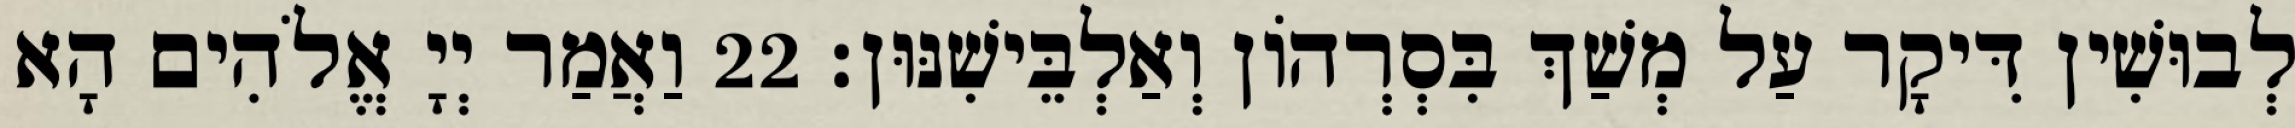
לְבוּשִׁין דִּיקָר עַל מְשַׁךְ בִּסְרְהוֹן וְאַלְבֵּישִׁנּוּן׃ 22 וַאֲמַר יְיָ אֱלֹהִים הָא